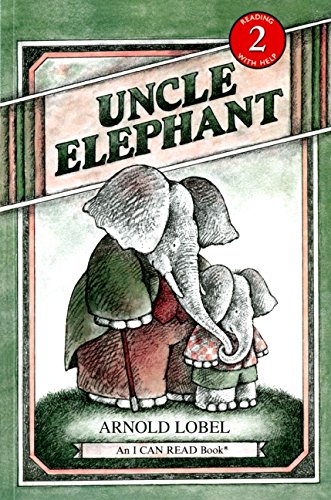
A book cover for Uncle Elephant (I Can Read Level 2); Arnold Lobel; Children's Books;